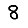
Digit: 8